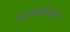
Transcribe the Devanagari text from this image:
कातफोडया